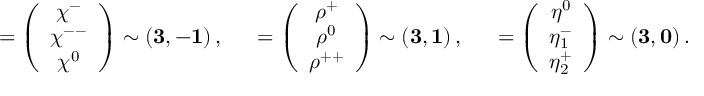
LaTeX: { \bf \chi } = \left( \begin{array} { c } { { \chi ^ { - } } } \\ { { \chi ^ { -- } } } \\ { { \chi ^ { 0 } } } \end{array} \right) \sim \left( { \bf 3 } , { \bf - 1 } \right) , \quad { \bf \rho } = \left( \begin{array} { c } { { \rho ^ { + } } } \\ { { \rho ^ { 0 } } } \\ { { \rho ^ { + + } } } \end{array} \right) \sim \left( { \bf 3 } , { \bf 1 } \right) , \quad { \bf \eta } = \left( \begin{array} { c } { { \eta ^ { 0 } } } \\ { { \eta _ { 1 } ^ { - } } } \\ { { \eta _ { 2 } ^ { + } } } \end{array} \right) \sim \left( { \bf 3 } , { \bf 0 } \right) .